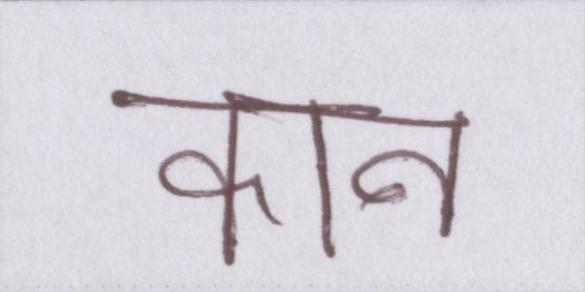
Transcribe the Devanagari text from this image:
कान